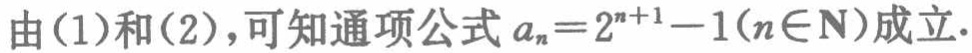
由(1)和(2)，可知通项公式 \(a_{n}=2^{n + 1}-1(n\in\mathbf{N})\)成立.